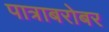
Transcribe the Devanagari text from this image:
पात्राबरोबर